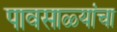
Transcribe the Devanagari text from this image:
पावसाळ्यांचा